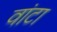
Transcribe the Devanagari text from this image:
वांटा